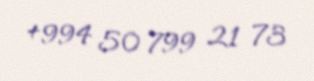
+994 50 799 21 73